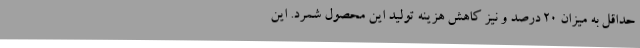
حداقل به میزان 20 درصد و نیز کاهش هزینه تولید این محصول شمرد. این